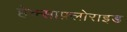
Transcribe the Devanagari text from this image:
हेक्साफ़्लोराइड